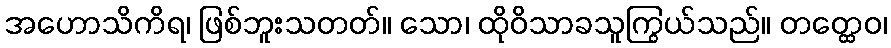
အဟောသိကိရ၊ ဖြစ်ဘူးသတတ်။ သော၊ ထိုဝိသာခသူကြွယ်သည်။ တတ္ထေဝ၊